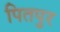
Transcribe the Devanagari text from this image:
पितपुर